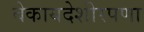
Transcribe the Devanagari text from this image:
बेकायदेशीरपणा